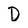
Character: D